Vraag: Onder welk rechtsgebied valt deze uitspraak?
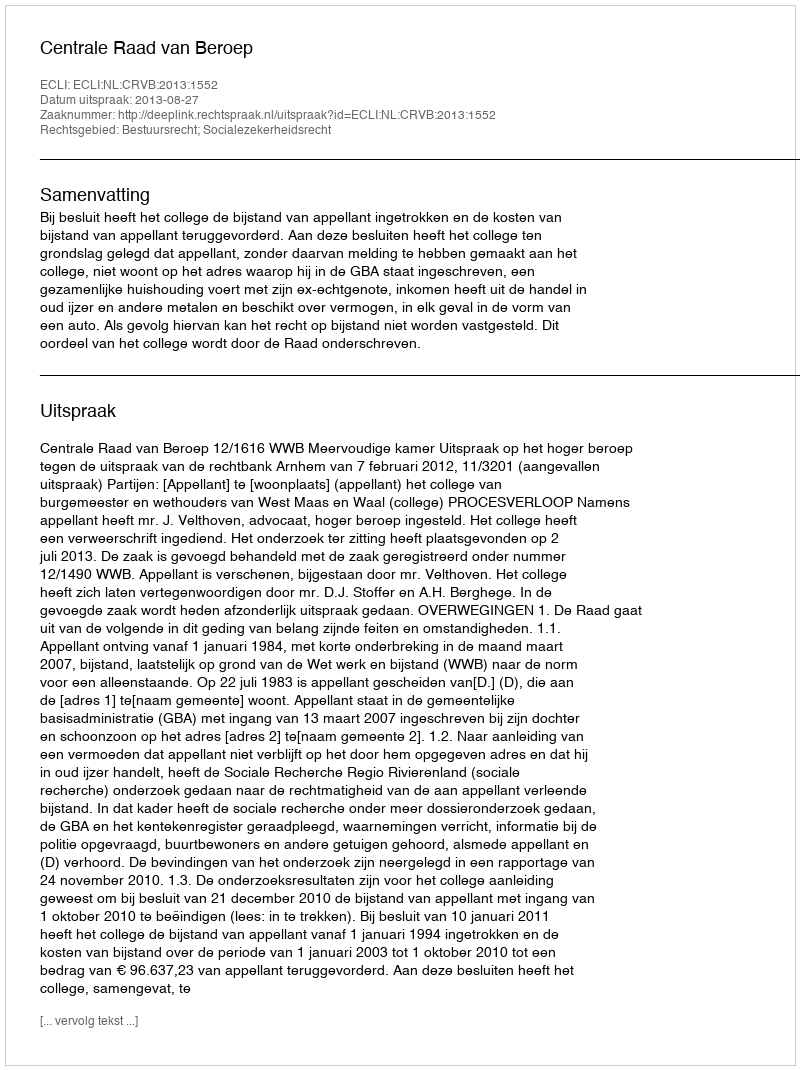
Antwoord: Bestuursrecht; Socialezekerheidsrecht